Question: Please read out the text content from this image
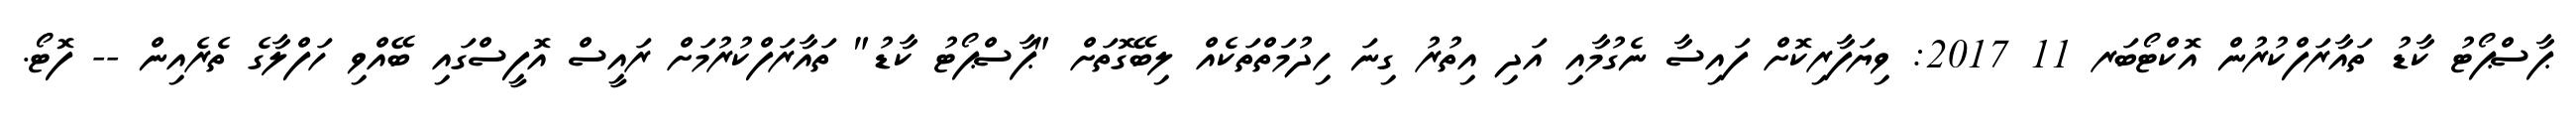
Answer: ޕާސްޕޯޓު ކާޑު ތައާރަފްކުރުން އޮކްޓޯބަރ 11 2017: ވިޔަފާރިކޮށް ފައިސާ ނެގުމާއި އަދި އިތުރު ގިނަ ހިދުމަތްތަކެއް ލިބޭގޮތަށް "ޕާސްޕޯޓު ކާޑު" ތައާރަފްކުރުމަށް ރައީސް އޮފީސްގައި ބޭއްވި ހަފްލާގެ ތެރެއިން -- ފޮޓޯ.